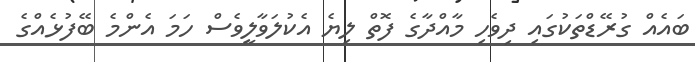
ބައެއް ގުރޭޑްތަކުގައި ދިވެހި މާއްދާގެ ފޮތް ލިޔެ އެކުލަވާލީވެސް ހަމަ އެންމެ ބޭފުޅެއްގެ